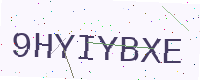
Text: 9HYIYBXE